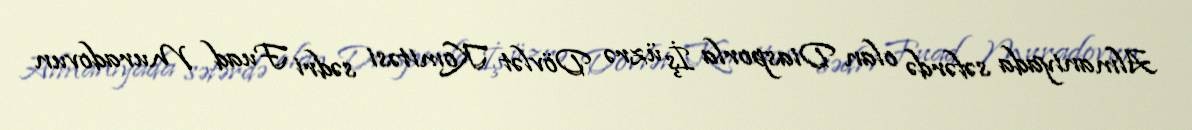
Almaniyada səfərdə olan Diasporla İş üzrə Dövlət Komitəsi sədri Fuad Muradovun